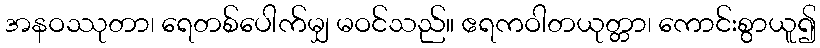
အနဝဿုတာ၊ ရေတစ်ပေါက်မျှ မဝင်သည်။ ဧရကဝါတယုတ္တာ၊ ကောင်းစွာယူ၍